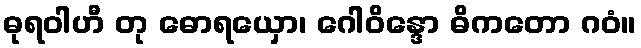
ဓုရဝါဟီ တု ဓောရယှော၊ ဂေါဝိန္ဒော ဓိကတော ဂဝံ။